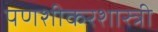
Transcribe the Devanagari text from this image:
पणशीकरशास्त्री